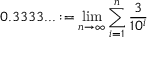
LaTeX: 0 . 3 3 3 3 . . . : = \operatorname* { l i m } _ { n \to \infty } \sum _ { i = 1 } ^ { n } { \frac { 3 } { 1 0 ^ { i } } }